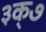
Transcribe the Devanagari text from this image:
३क्७